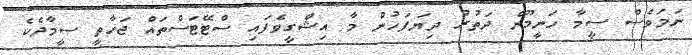
ނަމަވެސް ސީމާ ހަނީމޫން ދަތުރު ދިޔަފަހުން މާ އިޝްގީވެފައި ސްޓޭޓަސްތައް ޖަހާތީ ސީމާދެކެ